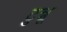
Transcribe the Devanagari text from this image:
टुन्नू